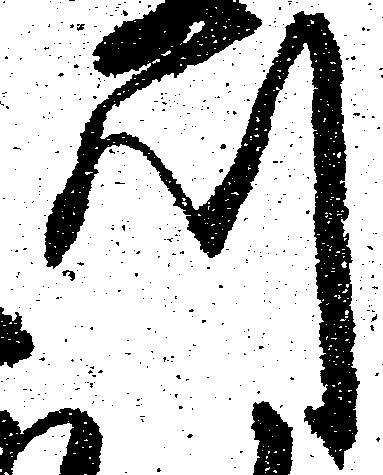
川